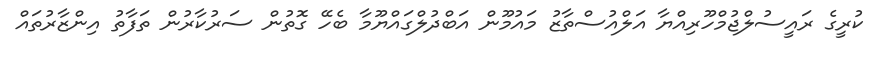
ކުރީގެ ރައީސުލްޖުމްހޫރިއްޔާ އަލްއުސްތާޒު މައުމޫން އަބްދުލްގައްޔޫމާ ބެހޭ ގޮތުން ސަރުކާރުން ތަފާތު އިންޒާރުތައް